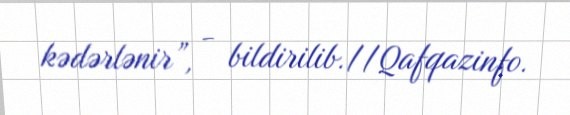
kədərlənir”, - bildirilib.//Qafqazinfo.